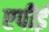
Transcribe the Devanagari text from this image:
एपीई